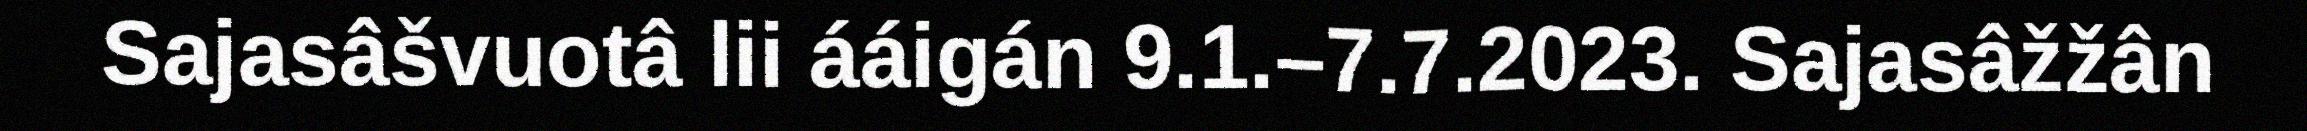
Sajasâšvuotâ lii ááigán 9.1.–7.7.2023. Sajasâžžân